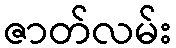
ဇာတ်လမ်း